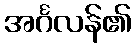
အင်္ဂလန်၏